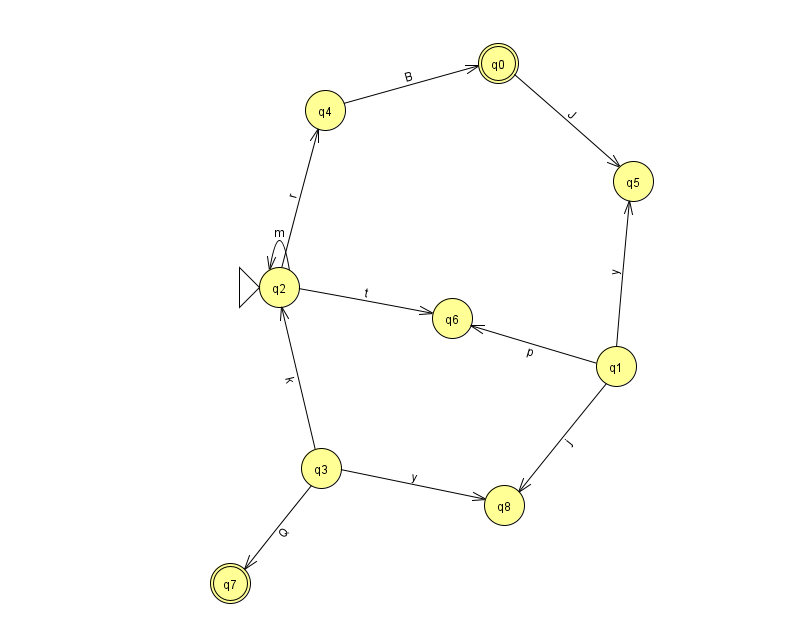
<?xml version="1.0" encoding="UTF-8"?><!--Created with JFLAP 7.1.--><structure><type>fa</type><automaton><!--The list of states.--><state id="0" name="q0"><x>498.0</x><y>50.0</y><final/></state><state id="1" name="q1"><x>616.0</x><y>353.0</y></state><state id="2" name="q2"><x>279.0</x><y>274.0</y><initial/></state><state id="3" name="q3"><x>321.0</x><y>455.0</y></state><state id="4" name="q4"><x>325.0</x><y>97.0</y></state><state id="5" name="q5"><x>633.0</x><y>168.0</y></state><state id="6" name="q6"><x>452.0</x><y>305.0</y></state><state id="7" name="q7"><x>230.0</x><y>570.0</y><final/></state><state id="8" name="q8"><x>504.0</x><y>492.0</y></state><!--The list of transitions.--><transition><from>3</from><to>7</to><read>Q</read></transition><transition><from>3</from><to>2</to><read>k</read></transition><transition><from>1</from><to>8</to><read>j</read></transition><transition><from>0</from><to>5</to><read>J</read></transition><transition><from>1</from><to>5</to><read>y</read></transition><transition><from>1</from><to>6</to><read>p</read></transition><transition><from>3</from><to>8</to><read>y</read></transition><transition><from>2</from><to>4</to><read>r</read></transition><transition><from>4</from><to>0</to><read>B</read></transition><transition><from>2</from><to>2</to><read>m</read></transition><transition><from>2</from><to>6</to><read>t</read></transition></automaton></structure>